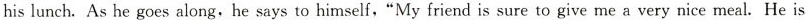
his lunch. As he goes along.He says to himself,"My friend is sure to give me a very nice meal. He is